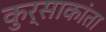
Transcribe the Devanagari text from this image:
कुर्साकांता